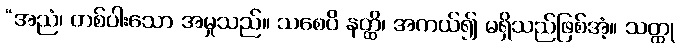
“အညံ၊ တစ်ပါးသော အမှုသည်။ သစေပိ နတ္ထိ၊ အကယ်၍ မရှိသည်ဖြစ်အံ့။ သတ္ထု